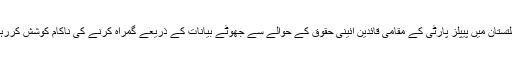
گلگت بلتستان میں پیپلز پارٹی کے مقامی قائدین آئینی حقوق کے حوالے سے جھوٹے بیانات کے ذریعے گمراہ کرنے کی ناکام کوشش کررہے ہیں۔